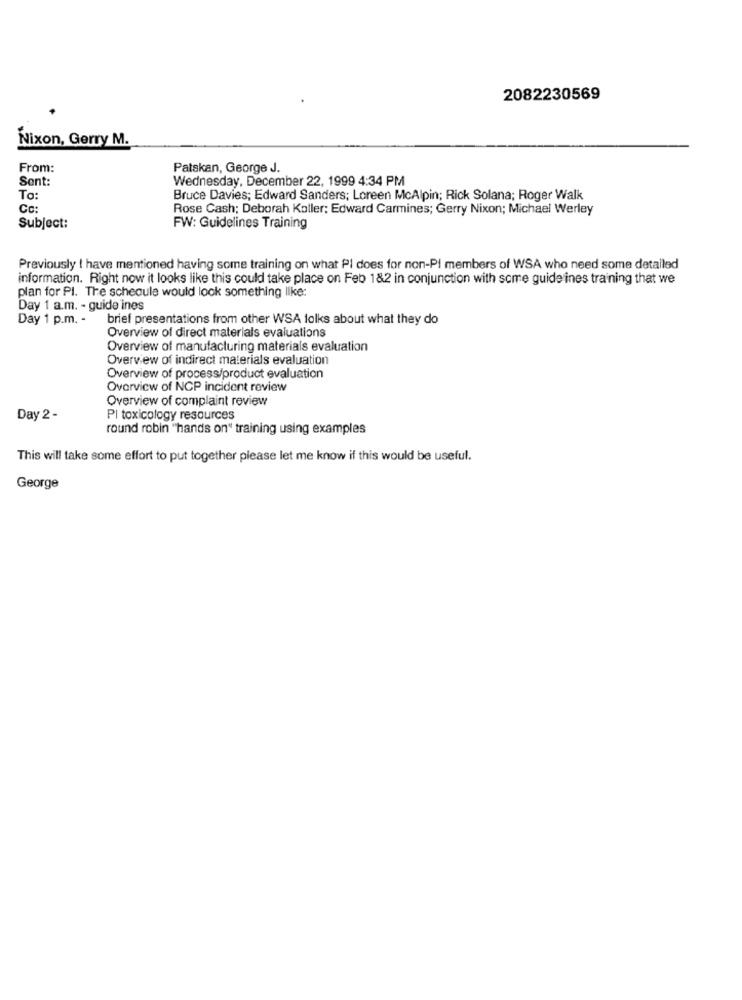
2082230569
Nixon, Gerry M.
From:
Patskan, George J.
Sent:
Wednesday, December 22, 1999 4:34 PM
To:
Bruce Davies; Edward Sanders; Loreen McAlpin; Rick Solana; Roger Walk
Cc:
Rose Cash; Deborah Koller; Edward Carmines; Gerry Nixon; Michael Werley
Subject:
FW: Guidelines Training
Previously ! have mentioned having some training on what PI does for non-PI members of WSA who need some detailed
information. Right now it looks like this could take place on Feb 182 in conjunction with some guide ines training that we
plan for PI. The schedule would look something like:
Day 1 a.m. - guide ines
Day 1 p.m. -
brief presentations from other WSA folks about what they do
Overview of direct materials evaluations
Overview of manufacturing materials evaluation
Overview of indirect materials evaluation
Overview of process/product evaluation
Overview of NCP incident review
Overview of complaint review
Day 2 -
PI toxicology resources
round robin "hands on" training using examples
This will take some effort to put together please let me know if this would be useful.
George